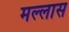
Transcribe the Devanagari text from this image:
मल्लास